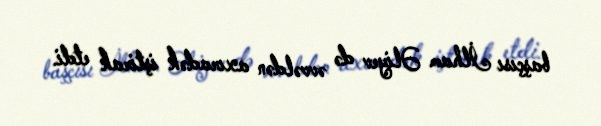
başçısı İlham Əliyev də əvvəldən axıradək iştirak etdi.